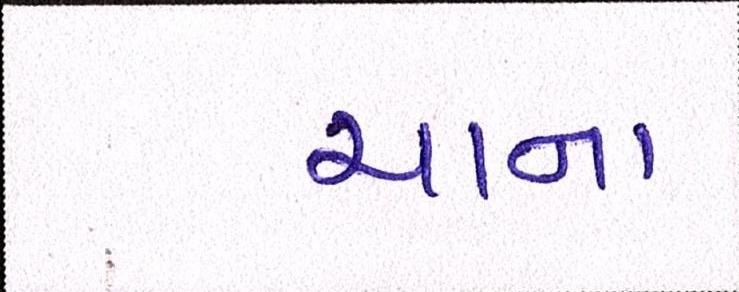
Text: ચાના